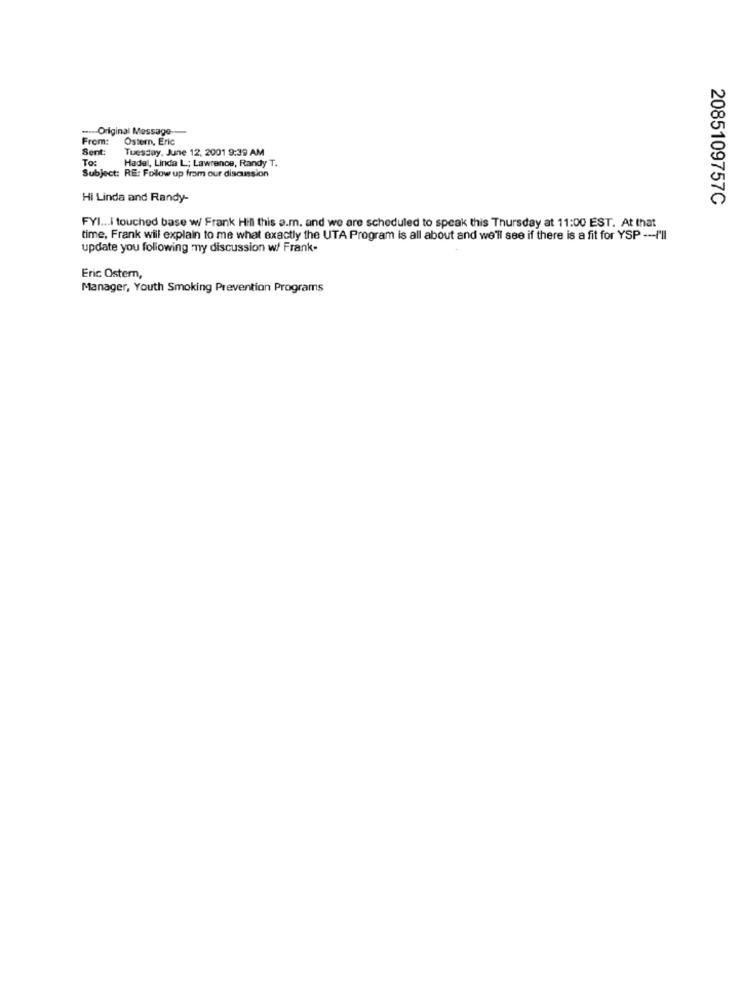
Original Message-
From:
Ostern, Eric
Sent:
Tuesday, June 12, 2001 9:39 AM
To:
Hadel, Linda L; Lawrence, Randy T.
Subject: RE: Follow up from our discussion
Hi Linda and Randy-
2085109757C
FYI ... I touched base w/ Frank Hill this a.m. and we are scheduled to speak this Thursday at 11:00 EST. At that
time, Frank will explain to me what exactly the UTA Program is all about and we'll see if there is a fit for YSP -- I'll
update you following my discussion w/ Frank-
Eric Ostern,
Manager, Youth Smoking Prevention Programs